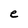
Character: e